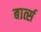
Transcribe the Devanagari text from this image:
बार्त्स